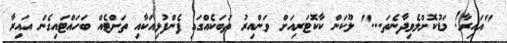
"އައިރާ! މަޑުކޮށްލެވިދާނެތަ..." ލޫކަން ކާކޮޓަރިއަށް ވަންއިރު ތަބަކެއްގައި ފެންފުޅިއަކާއި ތަށްޓެއް ބަހައްޓައިގެން އައިރާ